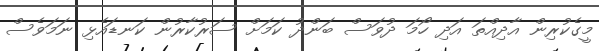
މީގެކުރިން އާދިއްތަ އަދި ހޯމަ ދުވަސް ބަންދު ކަމަށް ސަރުކާރުން ކަނޑައެޅި ނަމަވެސް